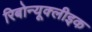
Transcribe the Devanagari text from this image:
रिबोन्यूक्लीइक